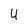
Character: U